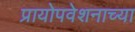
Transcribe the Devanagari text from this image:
प्रायोपवेशनाच्या